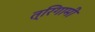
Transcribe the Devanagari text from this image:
त्रिगामी